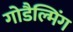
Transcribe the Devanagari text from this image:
गोडैल्मिंग